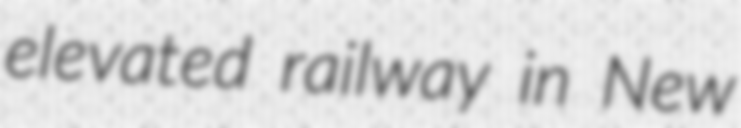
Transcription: elevated railway in New